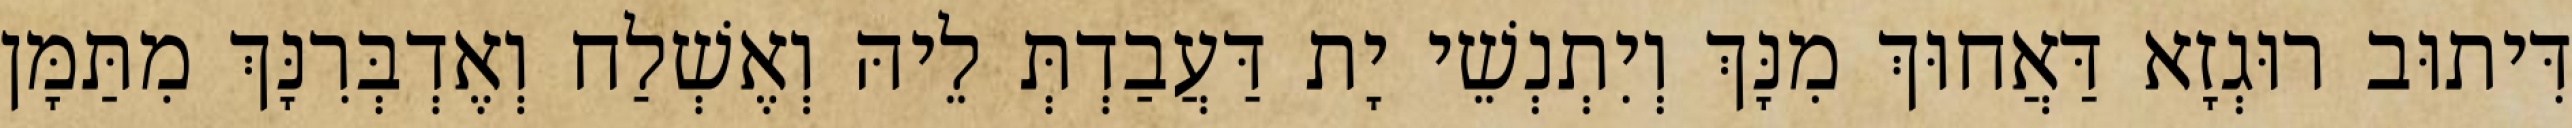
דִּיתוּב רוּגְזָא דַּאֲחוּךְ מִנָּךְ וְיִתְנְשֵׁי יָת דַּעֲבַדְתְּ לֵיהּ וְאֶשְׁלַח וְאֶדְבְּרִנָּךְ מִתַּמָּן